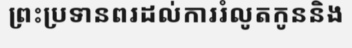
ព្រះប្រទានពរដល់ការរំលូតកូននិង